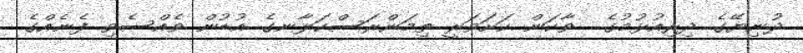
ދުނިޔޭގެ ދިރިއުޅުމުގެ  ވާކަން ކަށަވަރީ ތިމަންރަސްކަލާނގެ އުޑުން ވެއްސެވި ފެނެއްގެ